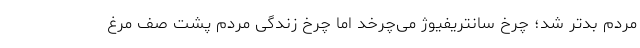
مردم بدتر شد؛ چرخ سانتریفیوژ می‌چرخد اما چرخ زندگی مردم پشت صف مرغ